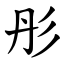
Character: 彤